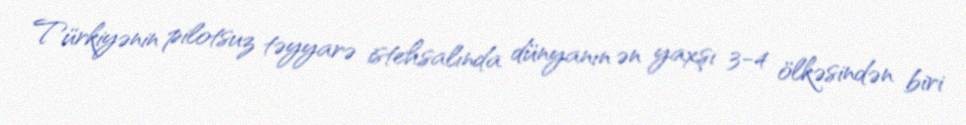
Türkiyənin pilotsuz təyyarə istehsalında dünyanın ən yaxşı 3-4 ölkəsindən biri